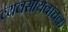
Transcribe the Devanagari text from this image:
व्यवसायवाचक